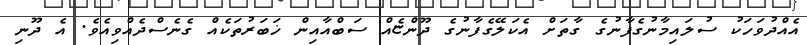
އެއްދުވަހަކު ސުލައިމާނުގެފާނުގެ ގާތަށް އެކަލޭގެފާނުގެ ދޫންޏެއް ސަބްއާއިން ޚަބަރުތަކެއް ގެނެސްދެއްވިއެވެ. އެ ދޫނި